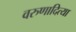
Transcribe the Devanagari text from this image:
वरुणादित्या